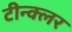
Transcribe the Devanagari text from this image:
टीन्क्लर